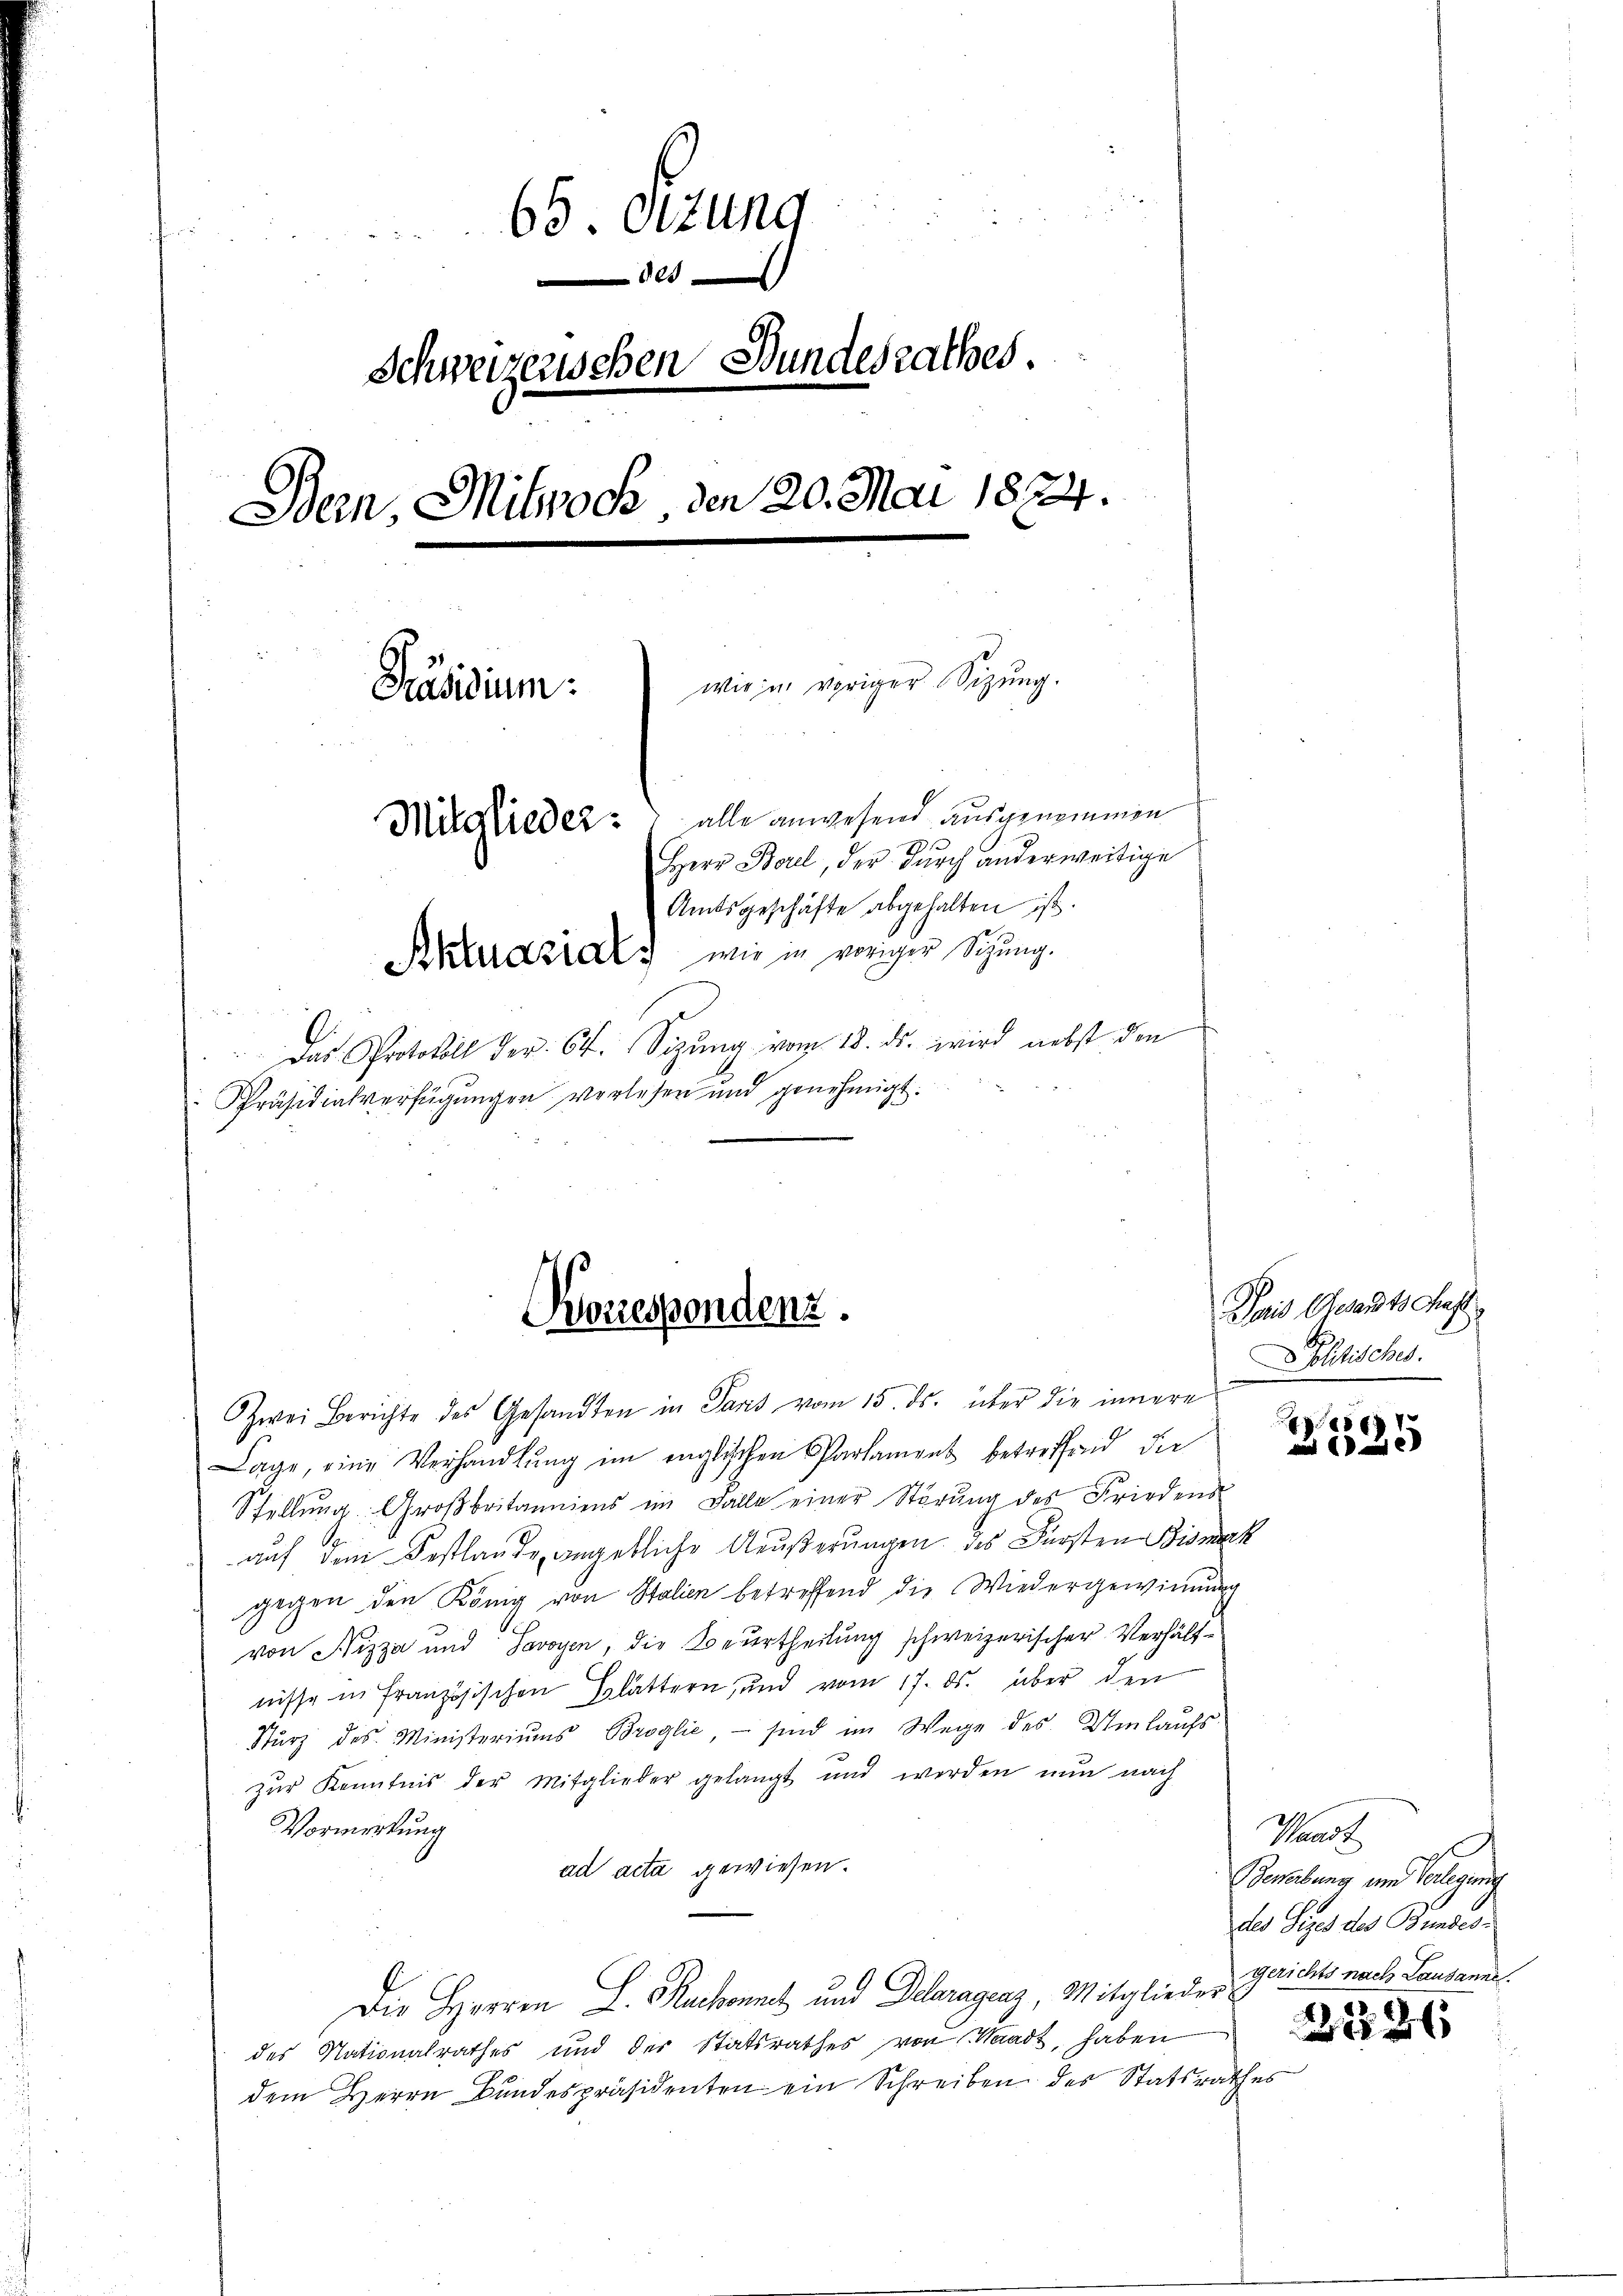
63. Ottung
6
Schweizerischen Bundesrathes.
Bern, Mitwoch, den 20. Mai 1874.
wie in voriger Sitzung.
Präsidium
Mitglieder: alle anwesend ausgenommen
Herr Borel, der durch anderweitige
Amtsgeschäfte abgehalten ist.
Aktuarial, wie in voriger Sitzung.
" Das Protokoll der 64. Sizŭng vom 18. ds. wird nebst den
Präsidialverfügungen verlesen und genehmigt.

Korrespondenz.

Zwei Berichte des Gesandten in Paris vom 15. ds. über die innere
Lage, eine Verhandlung im englischen Parlament betreffend die
Stellŭng. Großbritanniens im Falle einer Störŭng des Friedens
.
auf dem Festlände angebliche Aeußerungen des Fürsten Bismark
gegen den König von Stalien betreffend die Wiedergewinnung
von Nizza und Savoyen, die Beurtheilung schweizerischer Verhältnisse in Französischen Glättern, und vom 17. ds. über den
Sturz des Ministeriums Broglie - sind im Wege des Umlaufs-
.
zŭr Kenntnis der Mitglieder gelangt und werden nun nach
Vormerkung
ad acta gewiesen.
Die Herren L. Ruchonnet und Deleragens, Mitglieder Gerichts nach Lausanne
des Nationalrathes und der Statsrathes von Waadt, haben
dem Herrn Bundespräsidenten ein Schreiben des Statsrathes

Sais Gesandtschaft
Politisches.

1567
 a

Waadt
s
Bewerbung und Verlegung
des Seges des Bundes-

2126